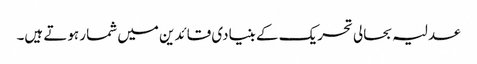
عدلیہ بحالی تحریک کے بنیادی قائدین میں شمار ہوتے ہیں۔